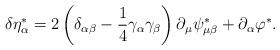
LaTeX: \begin{align*}\delta \eta _\alpha ^{*}=2\left( \delta _{\alpha \beta }-\frac14\gamma _\alpha \gamma _\beta \right) \partial _\mu \psi _{\mu \beta}^{*}+\partial _\alpha \varphi ^{*}.\end{align*}